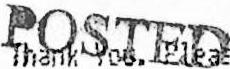
POSTED